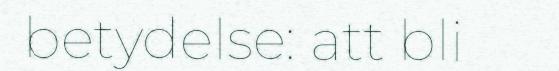
betydelse: att bli